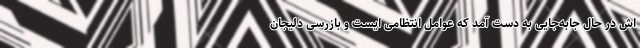
اش در حال جابه‌جایی به دست آمد که عوامل انتظامی ایست و بازرسی دلیجان